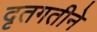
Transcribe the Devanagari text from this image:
दृतगतीने